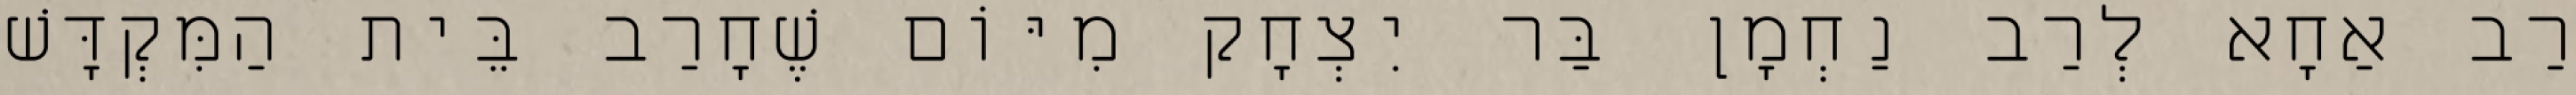
רַב אַחָא לְרַב נַחְמָן בַּר יִצְחָק מִיּוֹם שֶׁחָרַב בֵּית הַמִּקְדָּשׁ